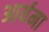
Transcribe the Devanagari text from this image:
आर्यमा